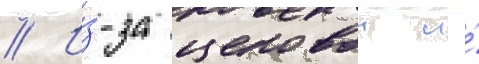
// И́з-за ценовои и́